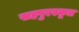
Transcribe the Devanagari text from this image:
सहपुरस्कृत